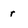
Character: r